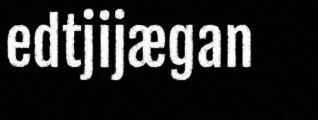
edtjijægan